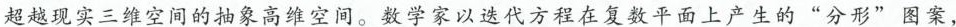
超越现实三维空间的抽象高维空间。数学家以迭代方程在复数平面上产生的”分形”图案，